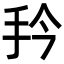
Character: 𭠔